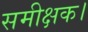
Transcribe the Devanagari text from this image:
समीक्षक।